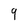
Character: 9